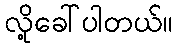
လို့ခေါ်ပါတယ်။